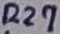
Text: R27